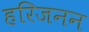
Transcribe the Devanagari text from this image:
हरिजनन